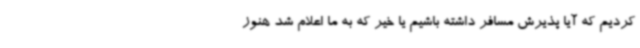
کردیم که آیا پذیرش مسافر داشته باشیم یا خیر که به ما اعلام شد هنوز